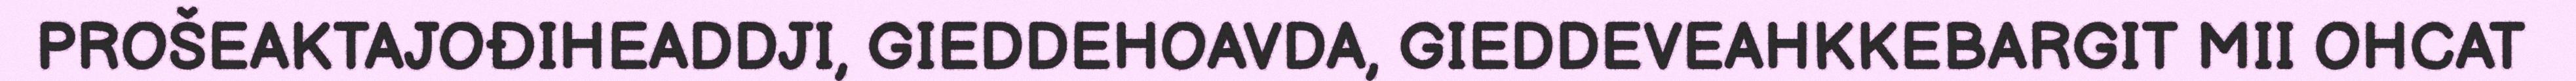
PROŠEAKTAJOĐIHEADDJI, GIEDDEHOAVDA, GIEDDEVEAHKKEBARGIT MII OHCAT